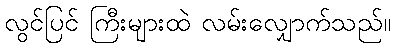
လွင်ပြင် ကြီးများထဲ လမ်းလျှောက်သည်။